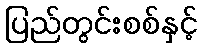
ပြည်တွင်းစစ်နှင့်